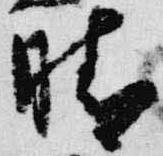
晴